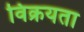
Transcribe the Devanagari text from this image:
विक्रयता